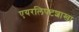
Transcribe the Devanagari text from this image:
एयरलिफ्टशाखा